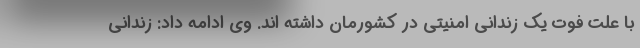
با علت فوت یک زندانی امنیتی در کشورمان داشته اند. وی ادامه داد: زندانی